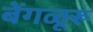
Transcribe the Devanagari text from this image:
बेंगळूरू